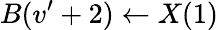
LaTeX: B(v^{\prime}+2)\leftarrow{}X(1)